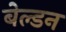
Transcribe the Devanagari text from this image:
बेल्डन